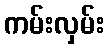
ကမ်းလှမ်း